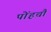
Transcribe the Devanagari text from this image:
पोंहचौ